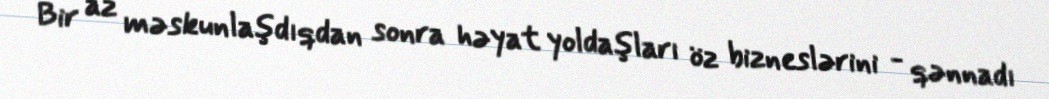
Bir az məskunlaşdıqdan sonra həyat yoldaşları öz bizneslərini - qənnadı